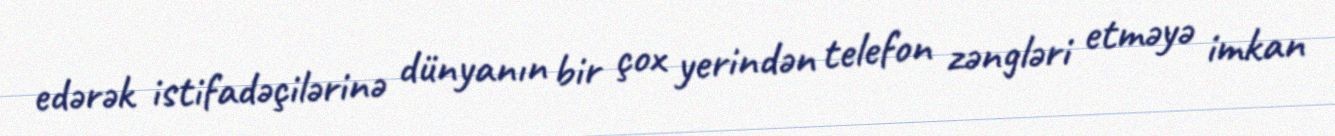
edərək istifadəçilərinə dünyanın bir çox yerindən telefon zəngləri etməyə imkan